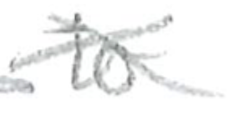
Text: to
Cross-out: cross
Writing tool: pencil